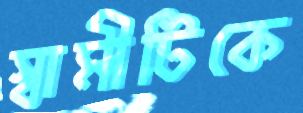
স্বামীটিকে